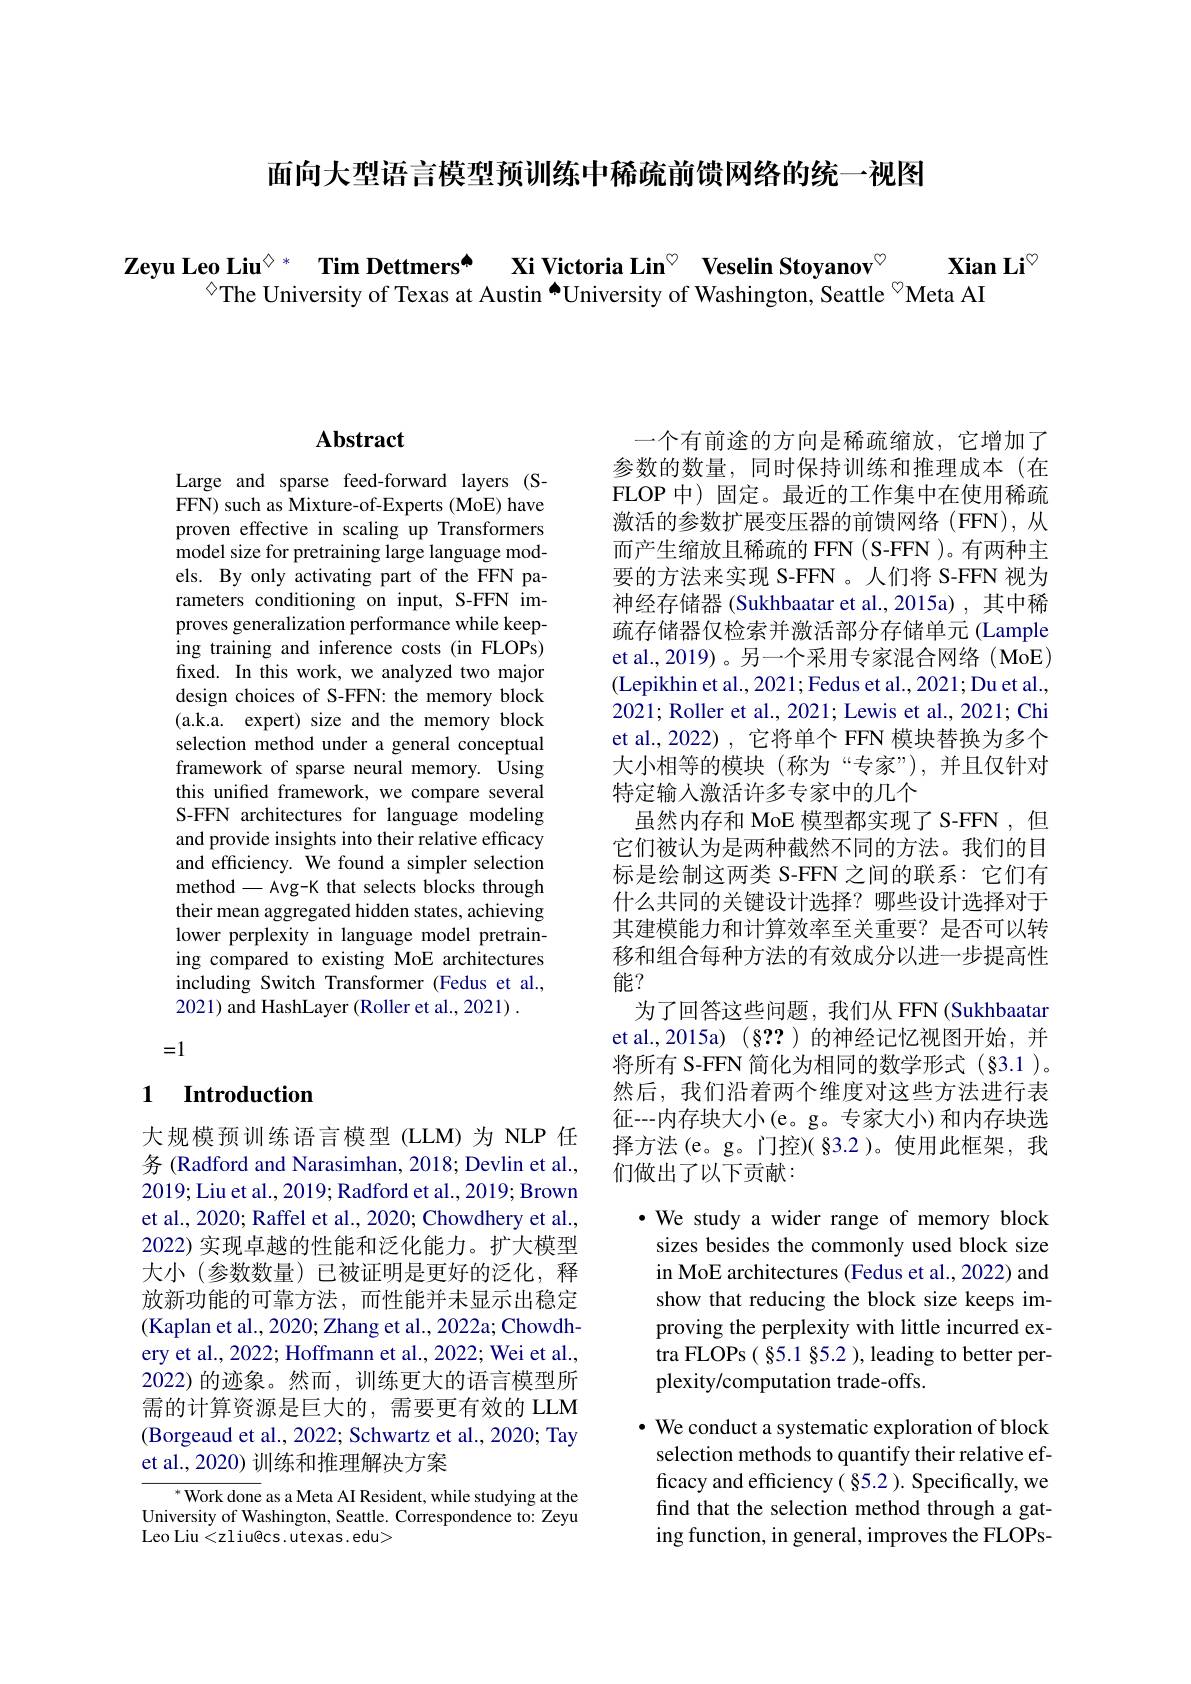
面向大型语言模型预训练中稀疏前馈网络的统一视图

$\textbf{Zeyu Leo Liu}^{\textcircled{\times}*}$ Tim Dettmers$^{\spadesuit}$ Xi Victoria Lin$^{\heartsuit}$ Veselin Stoyanov$^{\heartsuit}$
Xian Li$^{\textcircled{\mathrm{m}}}$
◇The University of Texas at Austin $^{\spadesuit}$University of Washington, Seattle $^{\heartsuit}$Meta AI

## $\mathbf{Abstract}$

Large and sparse feed-forward layers (SFFN) such as Mixture-of-Experts (MoE) have proven effective in scaling up Transformers model size for pretraining large language models. By only activating part of the FFN parameters conditioning on input, S-FFN improves generalization performance while keeping training and inference costs (in FLOPs) fixed. In this work, we analyzed two major design choices of S-FFN: the memory block (a.k.a. expert) size and the memory block selection method under a general conceptual framework of sparse neural memory. Using this unifed framework, we compare several S-FFN architectures for language modeling and provide insights into their relative efficacy and efficiency. We found a simpler selection method - Avg-K that selects blocks through their mean aggregated hidden states, achieving lower perplexity in language model pretraining compared to existing MoE architectures including Switch Transformer (Fedus et al., 2021) and HashLayer (Roller et al., 2021) .

=1

### 1 Introduction

大规模预训练语言模型(LLM)为 NLP 任务 (Radford and Narasimhan, 2018; Devlin et al., 2019; Liu et al., 2019; Radford et al., 2019; Brown et al., 2020; Raffel et al., 2020; Chowdhery et al., 2022) 实现卓越的性能和泛化能力。扩大模型大小(参数数量)已被证明是更好的泛化，释放新功能的可靠方法，而性能并未显示出稳定(Kaplan et al., 2020; Zhang et al., 2022a; Chowdhery et al., 2022; Hoffmann et al., 2022; Wei et al., 2022)的迹象。然而，训练更大的语言模型所需的计算资源是巨大的，需要更有效的 LLM (Borgeaud et al., 2022; Schwartz et al., 2020; Tay et al., 2020) 训练和推理解决方案

$^*$Work done as a Meta AI Resident, while studying at the University of Washington, Seattle. Correspondence to: Zeyu Leo Liu<zliu@cs.utexas.edu>

一个有前途的方向是稀疏缩放，它增加了参数的数量，同时保持训练和推理成本(在FLOP 中) 固定。最近的工作集中在使用稀疏激活的参数扩展变压器的前馈网络(FFN),从而产生缩放且稀疏的 FFN (S-FFN )。有两种主要的方法来实现 S-FFN 。人们将 S-FFN 视为神经存储器 (Sukhbaatar et al.,2015a) , 其中稀疏存储器仅检索并激活部分存储单元 (Lample et al., 2019)。另一个采用专家混合网络(MoE) (Lepikhin et al., 2021; Fedus et al., 2021; Du et al., 2021; Roller et al., 2021; Lewis et al., 2021; Chi et al.,2022), 它将单个 FFN 模块替换为多个大小相等的模块(称为“专家”),并且仅针对特定输入激活许多专家中的几个
虽然内存和 MoE 模型都实现了 S-FFN ,但它们被认为是两种截然不同的方法。我们的目标是绘制这两类 S-FFN 之间的联系：它们有什么共同的关键设计选择？哪些设计选择对于其建模能力和计算效率至关重要？是否可以转移和组合每种方法的有效成分以进一步提高性能？
为了回答这些问题，我们从 FFN (Sukhbaatar et al.,2015a) (§?? )的神经记忆视图开始，并将所有 S-FFN 简化为相同的数学形式 (§3.1 )。然后，我们沿着两个维度对这些方法进行表征---内存块大小(e。g。专家大小)和内存块选择方法(e。g。门控)( 83.2)。使用此框架，我们做出了以下贡献：

$\cdot$ We study a wider range of memory block sizes besides the commonly used block size in MoE architectures (Fedus et al., 2022) and show that reducing the block size keeps improving the perplexity with little incurred extra FLOPs( §5.1 §5.2 ), leading to better perplexity/computation trade-offs.

$\cdot$ We conduct a systematic exploration of block selection methods to quantify their relative efficacy and efficiency( §5.2 ). Specifically, we find that the selection method through a gating function, in general, improves the FLOPs-